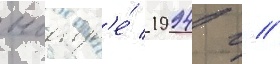
ноабр'е́ 1994 г //